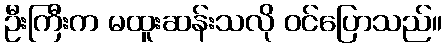
ဦးကြီးက မထူးဆန်းသလို ဝင်ပြောသည်။